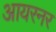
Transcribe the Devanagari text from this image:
आयरनर